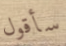
سأقول